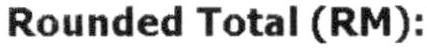
ROUNDED TOTAL (RM):